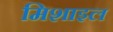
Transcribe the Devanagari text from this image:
मिशाइल